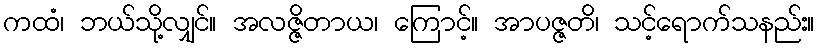
ကထံ၊ ဘယ်သို့လျှင်။ အလဇ္ဇိတာယ၊ ကြောင့်။ အာပဇ္ဇတိ၊ သင့်ရောက်သနည်း။